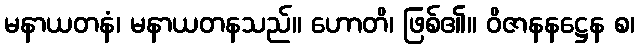
မနာယတနံ၊ မနာယတနသည်။ ဟောတိ၊ ဖြစ်၏။ ဝိဇာနနဋ္ဌေန စ၊